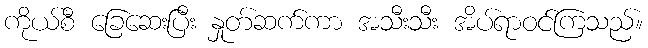
ကိုယ်စီ ခြေဆေးပြီး နှုတ်ဆက်ကာ အသီးသီး အိပ်ရာဝင်ကြသည်။